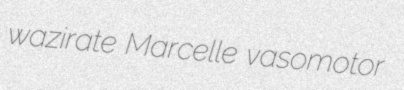
wazirate Marcelle vasomotor